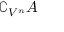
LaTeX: \complement _ { V ^ { n } } A